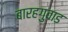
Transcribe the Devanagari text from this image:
बारहगुवाड